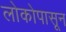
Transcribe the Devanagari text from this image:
लोकोपासून